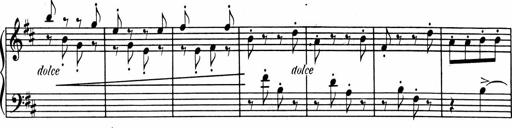
Title: 1Ã¨re Sonatine
Composer: FrÃ©dÃ©ric Binet